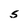
Character: S